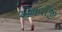
એનવીજી